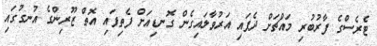
ޓެރެސްގެ ފާރުބުރި މައްޗަށް ދެފައި އަރުވާލައިގެން ގޮނޑިއަށް ފެތިފައި އޮތް ޒޫރިންގެ އުނގުގައި